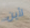
لأين